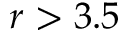
r > 3 . 5